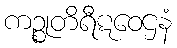
ကဉ္စုတိရီဋဝေဌနံ